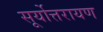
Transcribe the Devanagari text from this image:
सूर्योत्तरायण